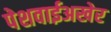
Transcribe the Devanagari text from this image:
पेशवाईअखेर